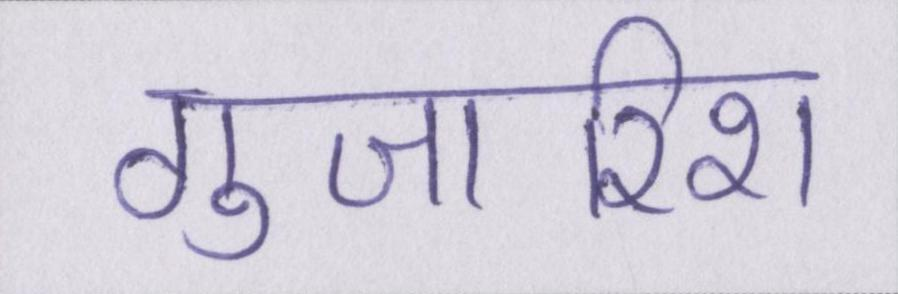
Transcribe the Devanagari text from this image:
गुजारिश